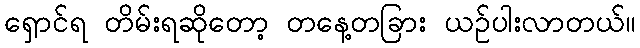
ရှောင်ရ တိမ်းရဆိုတော့ တနေ့တခြား ယဉ်ပါးလာတယ်။